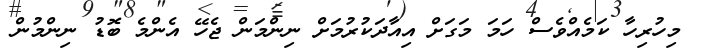
މިހުރިހާ ކަމެއްވެސް ހަމަ މަގަށް އިއާދަކުރުމަށް ނިންމަން ޖެހޭ އެންމެ ބޮޑު ނިންމުން